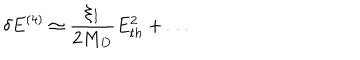
LaTeX: \delta E ^ { ( 4 ) } \simeq \frac { \xi _ { I } } { 2 M _ { D } } E _ { t h } ^ { 2 } + \dots